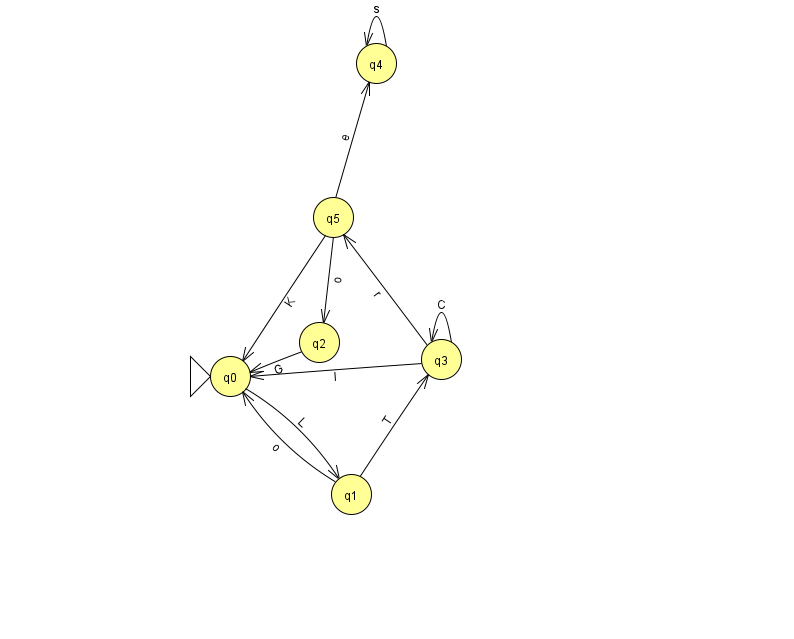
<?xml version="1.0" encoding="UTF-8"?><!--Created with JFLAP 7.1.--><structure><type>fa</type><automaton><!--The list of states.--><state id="0" name="q0"><x>230.0</x><y>363.0</y><initial/></state><state id="1" name="q1"><x>351.0</x><y>481.0</y></state><state id="2" name="q2"><x>319.0</x><y>329.0</y></state><state id="3" name="q3"><x>441.0</x><y>346.0</y></state><state id="4" name="q4"><x>376.0</x><y>50.0</y></state><state id="5" name="q5"><x>333.0</x><y>204.0</y></state><!--The list of transitions.--><transition><from>1</from><to>0</to><read>o</read></transition><transition><from>0</from><to>1</to><read>L</read></transition><transition><from>2</from><to>0</to><read>G</read></transition><transition><from>3</from><to>3</to><read>C</read></transition><transition><from>4</from><to>4</to><read>s</read></transition><transition><from>1</from><to>3</to><read>T</read></transition><transition><from>3</from><to>0</to><read>I</read></transition><transition><from>5</from><to>0</to><read>K</read></transition><transition><from>5</from><to>2</to><read>o</read></transition><transition><from>3</from><to>5</to><read>r</read></transition><transition><from>5</from><to>4</to><read>e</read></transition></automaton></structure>